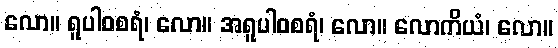
လော။ ရူပါဝစရံ၊ လော။ အရူပါဝစရံ၊ လော။ လောကိယံ၊ လော။